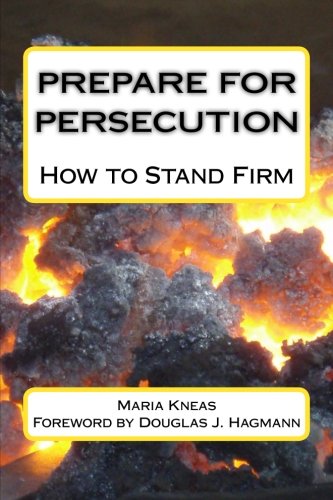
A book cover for Prepare for Persecution: How to Stand Firm; Maria Kneas; Religion & Spirituality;